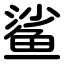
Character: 鲨